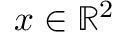
\boldsymbol { x } \in \mathbb { R } ^ { 2 }